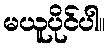
မယူပိုင်ပါ။